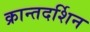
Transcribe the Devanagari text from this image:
क्रान्तदर्शिन